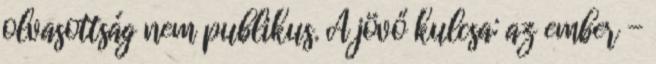
olvasottság nem publikus. A jövő kulcsa: az ember -